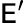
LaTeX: \mathsf{E}^{\prime}